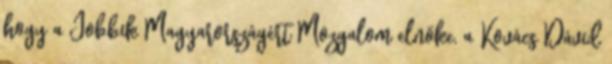
hogy a Jobbik Ma­gyar­országért Mozgalom elnöke, a Kovács Dávid